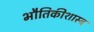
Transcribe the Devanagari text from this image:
भौतिकीशास्त्र